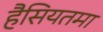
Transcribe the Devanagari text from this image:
हैसियतमा